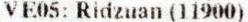
VE05: RIDZUAN (11900)